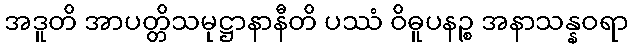
အဒူတိ အာပတ္တိသမုဋ္ဌာနာနီတိ ပဿံ ဝိဓူပနဉ္စ အနာသန္နဝရာ